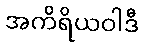
အကိရိယဝါဒီ